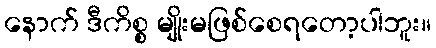
နောက် ဒီကိစ္စ မျိုးမဖြစ်စေရတော့ပါဘူး။